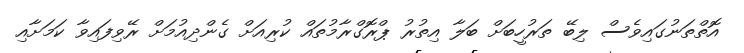
އޮތްތަނުގައިވެސް ލިބޭ ތަރުހީބަށް ބަލާ އިތުރު ޕްރޮގްރާމުތައް ކުރިއަށް ގެންދިއުމަށް ރޭވިފައިވާ ކަމަށާއި